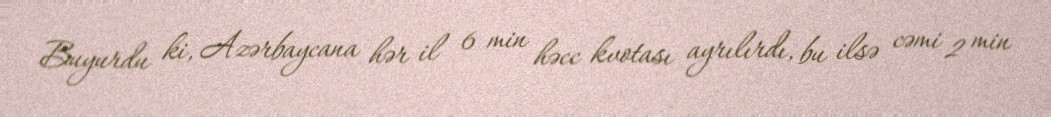
Buyurdu ki, Azərbaycana hər il 6 min həcc kvotası ayrılırdı, bu ilsə cəmi 2 min